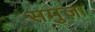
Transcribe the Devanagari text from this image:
समुज़ा